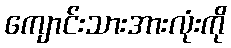
ကျောင်းသားအားလုံးကို